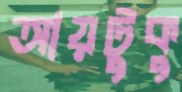
আয়টুকু